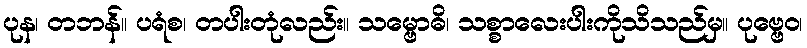
ပုန၊ တဘန်။ ပရံစ၊ တပါးတုံလည်း။ သမ္ဗောဓိ၊ သစ္စာလေးပါးကိုသိသည်မှ။ ပုဗ္ဗေဝ၊